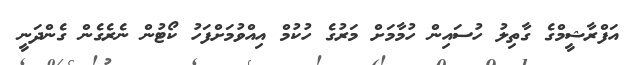
އަފްރާޝީމްގެ ގާތިލު ހުސައިން ހުމާމަށް މަރުގެ ހުކުމް އިއްވުމަށްފަހު ކޯޓުން ނެރެގެން ގެންދަނީ